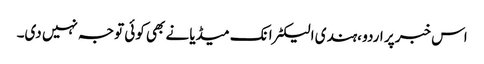
اس خبر پر اردو ،ہندی الیکٹرانک میڈیا نے بھی کوئی توجہ نہیں دی۔